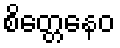
စိတ္တေနေဝ